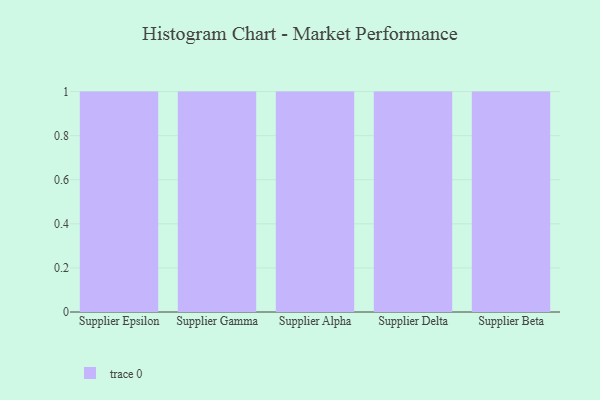
{"axis": {"x": "Supplier", "y": "Production Output"}, "legend": [""], "data": [{"x": "Supplier Epsilon", "y": 74, "type": ""}, {"x": "Supplier Gamma", "y": 76, "type": ""}, {"x": "Supplier Alpha", "y": 68, "type": ""}, {"x": "Supplier Delta", "y": 53, "type": ""}, {"x": "Supplier Beta", "y": 18, "type": ""}]}